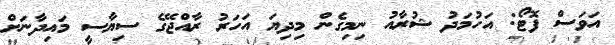
އަވަސް ފޮޓޯ: އަހުމަދު ޝުރާއު ނިމިގެން މިދިޔަ އަހަރު ރާއްޖޭގެ ސިޔާސީ މައިދާނަށް